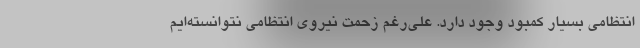
انتظامی بسیار کمبود وجود دارد. علی‌رغم زحمت نیروی انتظامی نتوانسته‌ایم